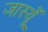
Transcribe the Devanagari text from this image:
जास्यूँ